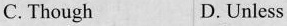
C. Though D. Unless